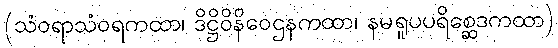
(သံဝရာသံဝရကထာ၊ ဒိဋ္ဌိဝိနိဝေဌနကထာ၊ နမရူပပရိစ္ဆေဒကထာ)